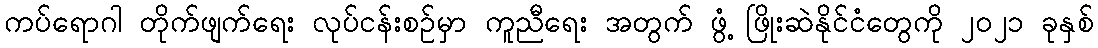
ကပ်ရောဂါ တိုက်ဖျက်ရေး လုပ်ငန်းစဉ်မှာ ကူညီရေး အတွက် ဖွံ့ ဖြိုးဆဲနိုင်ငံတွေကို ၂၀၂၁ ခုနှစ်